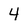
Character: 4